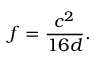
f = { \frac { c ^ { 2 } } { 1 6 d } } .